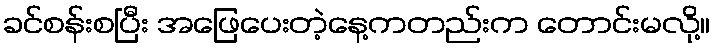
ခင်စန်းစပြီး အဖြေပေးတဲ့နေ့ကတည်းက တောင်းမလို့။